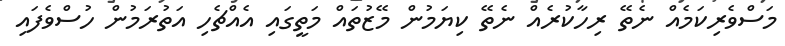
މަސްވެރިކަމެއް ނެތޭ ރިހާކުރެއް ނެތޭ ކިޔަމުން މޭޒުތައް މަތީގައި އެއްޗެހި އަތުރަމުން ހުސްވެފައި